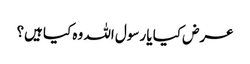
عرض کیا یا رسول اللہ وہ کیا ہیں؟